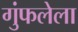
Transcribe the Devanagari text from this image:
गुंफलेला